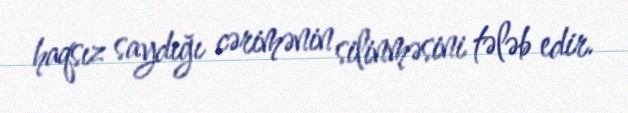
haqsız saydığı cərimənin silinməsini tələb edir.